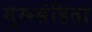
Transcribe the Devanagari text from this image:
गुरूसंहिता